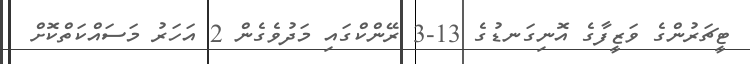
ޓީޗަރުންގެ ވަޒީފާގެ އޮނިގަނޑުގެ 13-3 ރޭންކްގައި މަދުވެގެން 2 އަހަރު މަސައްކަތްކޮށް